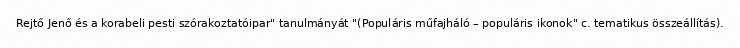
Rejtő Jenő és a korabeli pesti szórakoztatóipar" tanulmányát "(Populáris műfajháló – populáris ikonok" c. tematikus összeállítás).